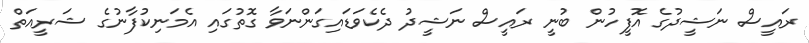
ރައީސް ނަޝީދުގެ އޮފީހުން ބުނީ ރައީސް ނަޝީދު ދެކެވަޑައިގަންނަވާ ގޮތުގައި އެމަނިކުފާނުގެ ޝަރީއަތް